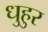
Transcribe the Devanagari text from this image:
धुहुर